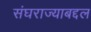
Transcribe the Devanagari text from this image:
संघराज्याबद्दल